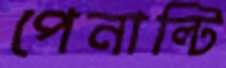
পেনাল্টি